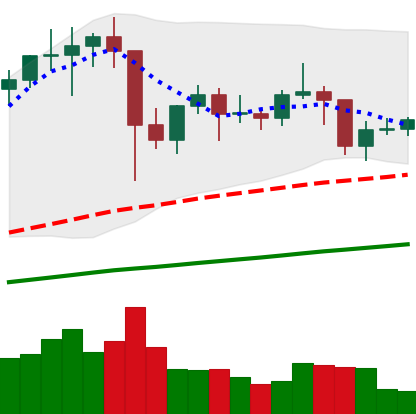
Ticker: LTC-USD
Chart end date: 2021-01-24
Forward return: -4.569%
Label: down_3_5